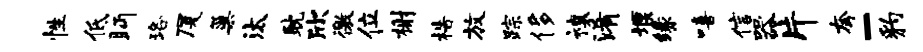
性低眄珞厦巢汰耽欣徼位榭梏放踪侈禳淆堰缘嘻信器片夸-豹